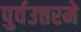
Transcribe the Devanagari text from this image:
पुर्वउत्तरमे